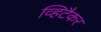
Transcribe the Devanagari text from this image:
व्हिटैकर